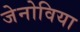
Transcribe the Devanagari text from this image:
जेनोविया